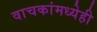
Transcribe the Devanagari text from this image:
वाचकांमध्येही